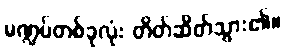
မဏ္ဍပ်တစ်ခုလုံး တိတ်ဆိတ်သွား၏။